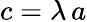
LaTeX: c=\lambda\, a